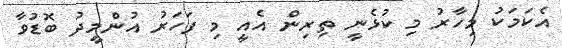
އެކަމަކު މިހާރު މި ކުޅެނީ ތިރިން އެއީ މި ފަހަރު އުންމީދު ބޮޑުވާ